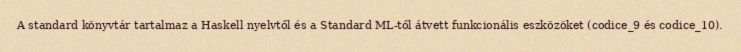
A standard könyvtár tartalmaz a Haskell nyelvtől és a Standard ML-től átvett funkcionális eszközöket (codice_9 és codice_10).